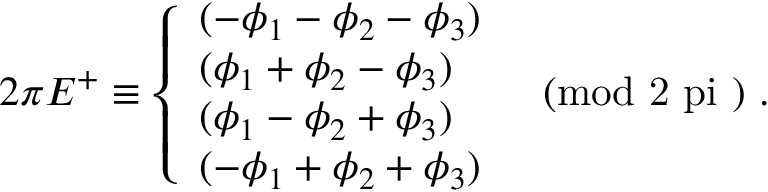
2 \pi E ^ { + } \equiv \left\{ \begin{array} { l } { { ( - \phi _ { 1 } - \phi _ { 2 } - \phi _ { 3 } ) } } \\ { { ( \phi _ { 1 } + \phi _ { 2 } - \phi _ { 3 } ) } } \\ { { ( \phi _ { 1 } - \phi _ { 2 } + \phi _ { 3 } ) } } \\ { { ( - \phi _ { 1 } + \phi _ { 2 } + \phi _ { 3 } ) } } \end{array} \quad \mathrm { ( m o d ~ 2 \ p i ~ ) } ~ . \right.